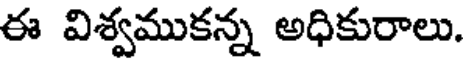
ఈ విశ్వముకన్న అధికురాలు.